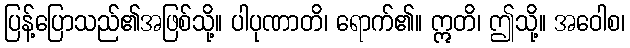
ပြန့်ပြောသည်၏အဖြစ်သို့။ ပါပုဏာတိ၊ ရောက်၏။ ဣတိ၊ ဤသို့။ အဝေါစ၊